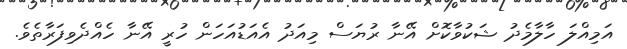
އަމިއްލަ ހާލާމެދު ޝަކުވާކޮށް އޭނާ ރުޔަސް މިއަދު އެއަޑުއަހަން ހުރީ އޭނާ ހެއްދެވިފަރާތެވެ.